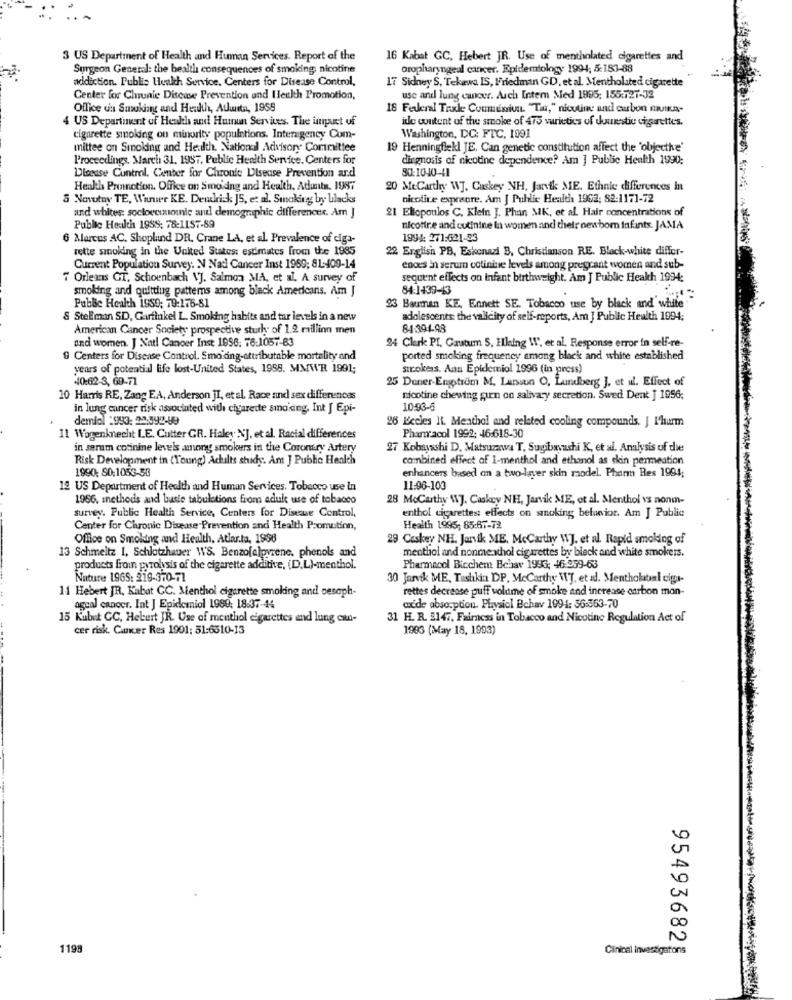
3 US Department of Health and Human Services. Report of the
16 Kabat GC, Hebert JR. Use of mentholated cigarettes and
Surgeon General: the bealth consequences of smoking nicotine
oropharyngeal cancer. Epidemiology 1994; 5:183-88
addiction. Public Health Service, Centers for Disease Control,
17 Sidney S, Tekawa IS, Friedman GD. et al. Mentholated cigarette
Center for Clunie Disease Prevention and Health Promotion,
use and lung cancer. Auch Intem Med 1995: 155:727-32
Office cis Smoking and Health, Auwita, 1959
18 Federal Taxde Communiun. "Tar," nicotine and curbon mura-
4 US Department of Health and Human Services. The inant of
idle content of the smoke of 475 varieties of duunstic cigarettes.
cigarette smoking on minority populations. Interagency Com-
Washington, DC: FTC, 1991
mittee on Sinoling and Health. National Advisory Committee
19 Henningflekl JE. Can genetic constitution affect the 'objecthe'
Proceedings. March 31, 1957. Public Health Service. Centers for
diagnosis of nicotine dependence? Am ] Public Health 1990:
Disease Control. Camter for Chronic Disease Prevention and
80:10-40-41
Health Promotion. Office on Smoidng and Health. Adantn. 1987
20 MeCarthy WJ. Caskey NH. Jantk ME. Ethnic differences in
5 Novotny TE, Wanwer KE. Dendrick JS, et al. Smoking by blacks
nicoline exposure. Am J Public Health 1962; 82-1171-72
21 Ellopoulos C. Klein J. Phan MK, et al. Hair concentrations of
and whites: socloccunounie and demographic differences. Am J
Public Health 1988: 78:1157-89
nicotire and cutinine In women and their new bom Infants. JAMA
6 Marcos AC. Shoplund DR. Crane LA, et al. Prevalence of ciga-
1994: 271:621-93
rette smoking in the United States: estimates from the 1985
22 English PB, Eskenazi B, Christianson RE. Black-white differ-
Current Population Survey. N Nad Cancer Inst 1969; 81:409-14
ences in serum cotiniue levels among pregnant women and sub-
7 Orleans GT. Schoenbach \J. Salmon MA, et al. A survey of
sequent effects on Infant birthweight. Am J Public Heakh 1994:
smoking and quitting patterns among black Americans. Am J
84:1439-13
Public Health 1989; 79:176-81
23 Bauman KE, Ennett SE. Tobacco use by black and white
& Stellman SD, Garfinkel L. Smoking habits and tar levels in a new
adolescents: the validity of self-reports, Am ] Public Health 1994;
American Cancer Society prospective study of 1.2 million men
84-394-98
and women. J Natl Cancer Inst 1996. 76-1057-83
24 Clark PI, Gautum S. Hlaing W, et al. Response error in self-re-
9 Centers for Disease Control. Smoiding-attributable mortality and
ported smoking frequency among black and white established
years of potential life lost-United States, 1998. MMWR 1991;
strokess. Ann Epidemiol 1996 (in press)
40:62-3, 69-71
25 Dener-Enstrum M. Larsson O, Lundberg J. et ul. Effect of
10 Harris RE, Zang EA, Anderson JI, et al. Race and sex differences
nicotine chewing guen on salivary secretion. Swed Dent J 1956;
in lung cancer risk associated with cigarette smoking. Int J Epi-
10:93-6
demlol :993: 20:592-89
26 Lecles It. Menthol and related cooling compounds. J 1'hurm
11 Wagenknecht LE. Cutter GR. Haley N'], et al. Racial differences
Pharmacol 1992: 46:618-30
in serum cotinine levels among smokers in the Coronary Artery
27 Kobayashi D. Matsuzawa T. Sugibayashi K, et al. Analysis of the
Risk Development in (Young) Adults study. Am J Public Health
combined effect of I-menthol and ethanol as skin permeation
1990: 80:1053-58
enhancers based on a two-layer skin model. Pharm Res 1994;
19 US Department of Health and Human Services, Tobacco use In
11:96-103
1956, methods and basie tabulations from adult use of tobacco
28 McCarthy \\J. Caskey NH, Jarvik ME, ot al. Menthol vs nonm-
survey. Public Health Service, Centers for Disease Control,
enthol cigarettes: effects on smoking belunior. Am J Public
Center for Chronic Disease Prevention and Health Promotion,
Health 1995; 85:67-72
Office on Smoking and Health, Atlar.ta. 1998
29 Ceskey NH. Jarvik ME, McCarthy WJ. et al. Rapid smoking of
13 Schmeltz I, Schlotzhaver WS. Benzofelpyrene, phenols and
menthol and nonme. hol cigarettes by black and white smokers.
products froin pyrolysis of the cigarette additive, (D.L)-menthol.
Pharmacol Bicchem Behav 1996: 46-959-63
Nature 1965: 219-370-71
30 Jarvik ME, Tashkin DP, McCarthy \'], et al. Mentholbal ciga-
11 Hebert JR, Kabat CC. Menthol cigarette smoking and oesoph-
rettes decrease puff volume of smoke and increase carbon man-
agcal cancer. Int J Epidemiol 1989; 18.37-44
ocde absorption. Physiol Bchav 1994: 56:563-70
15 Kubut CC, Hebert JR. Use of menthol cigarettes and lung can-
31 H. R. 3147, Fairness in Tobacco and Nicotine Regulation Act of
cer risk. Cancer Res 1901: 51:6510-13
1983 (May 18, 1993)
0
N
95493682
1195
Clinical Investigations